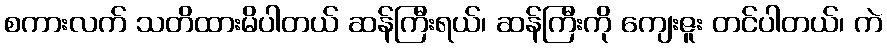
စကားလက် သတိထားမိပါတယ် ဆန်ကြီးရယ်၊ ဆန်ကြီးကို ကျေးဇူး တင်ပါတယ်၊ ကဲ